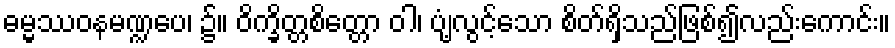
ဓမ္မဿဝနမဏ္ဍပေ၊ ၌။ ဝိက္ခိတ္တစိတ္တော ဝါ၊ ပျံ့လွင့်သော စိတ်ရှိသည်ဖြစ်၍လည်းကောင်း။